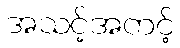
အသင့်အတင့်